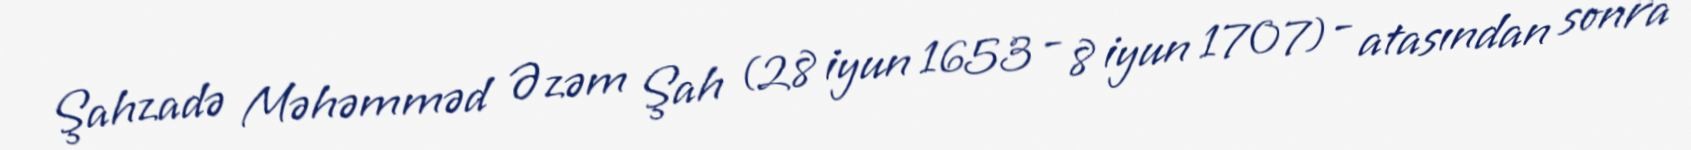
Şahzadə Məhəmməd Əzəm Şah (28 iyun 1653 - 8 iyun 1707) - atasından sonra